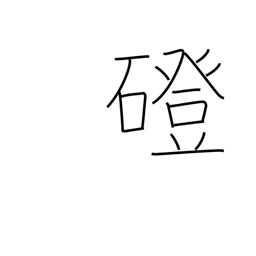
Meaning: stone bridge